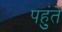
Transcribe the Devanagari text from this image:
पहुंते